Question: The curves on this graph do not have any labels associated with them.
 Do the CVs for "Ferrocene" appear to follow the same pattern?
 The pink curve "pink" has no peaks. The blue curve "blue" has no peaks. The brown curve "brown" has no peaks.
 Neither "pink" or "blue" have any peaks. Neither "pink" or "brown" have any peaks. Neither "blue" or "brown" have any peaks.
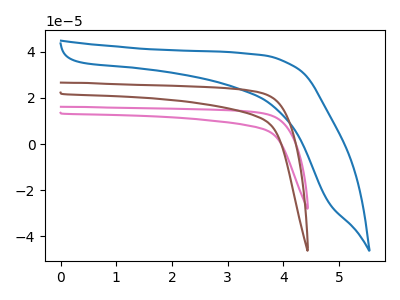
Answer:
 <answer>All the CV's of "Ferrocene" have similar shape.</answer>
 <eval>follow_rule</eval>